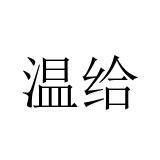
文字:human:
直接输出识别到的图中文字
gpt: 温给